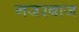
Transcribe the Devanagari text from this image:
नजरबाज